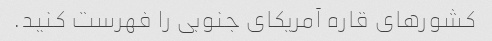
کشورهای قاره آمریکای جنوبی را فهرست کنید.